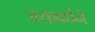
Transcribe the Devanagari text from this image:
जयावर्धेने